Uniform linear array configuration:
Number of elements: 12
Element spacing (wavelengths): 0.5
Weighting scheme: cosine
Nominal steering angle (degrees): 30
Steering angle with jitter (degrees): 30.635
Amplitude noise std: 0.05
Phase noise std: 0.05

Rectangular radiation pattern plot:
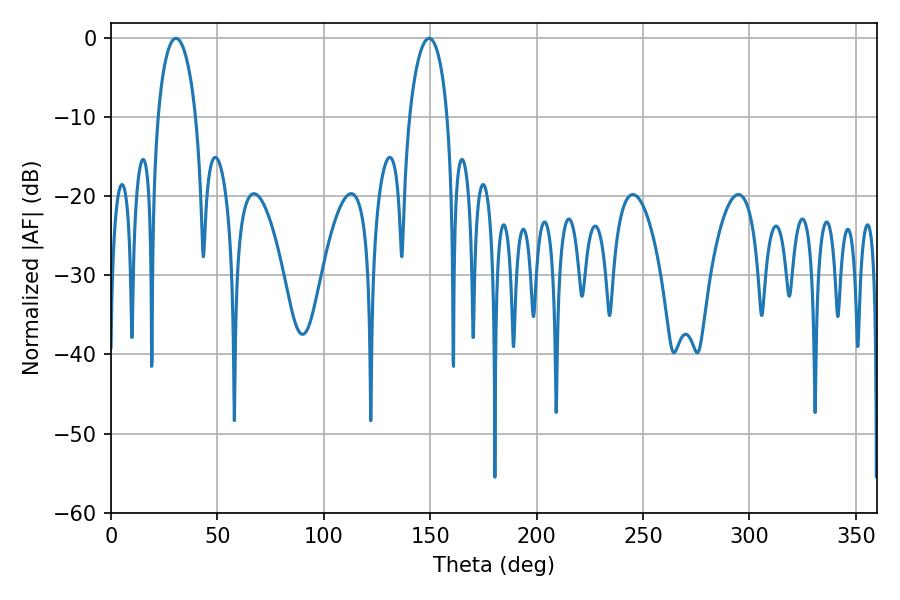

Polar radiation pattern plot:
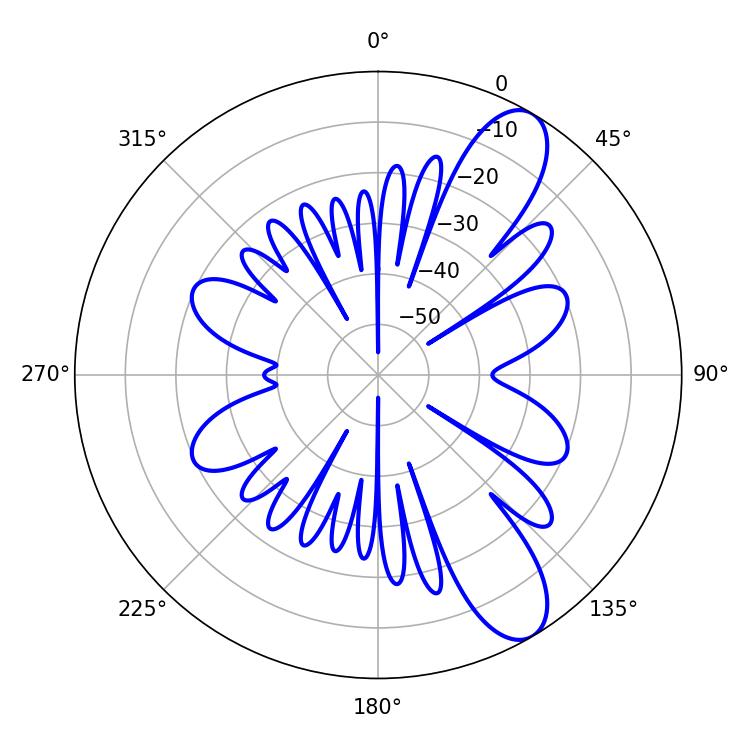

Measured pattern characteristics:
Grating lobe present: FALSE
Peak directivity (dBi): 10.108
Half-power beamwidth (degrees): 10.26
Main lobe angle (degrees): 30.6